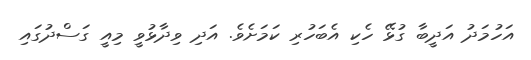
އަހުމަދު އަދީބާ ގުޅޭ ހެކި އެބަހުރި ކަމަށެވެ. އަދި ވިދާޅުވީ މިއީ ގަސްދުގައި